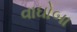
વાઘોબા